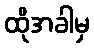
ထိုအခါမှ